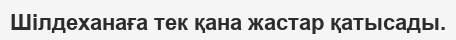
Шілдеханаға тек қана жастар қатысады.